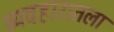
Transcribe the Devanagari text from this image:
व्यवहारातला